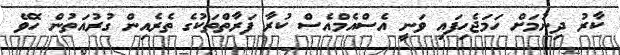
ކާރު ދިނުމަށް ހަމަޖެހިފައި ވަނީ އެސްއެމްއެސް ކުރާ ފަރާތްތަކުގެ ތެރެއިން ގުރުއަތުން ހޮވޭ